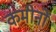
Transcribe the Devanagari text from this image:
कमीनों